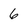
Character: 6